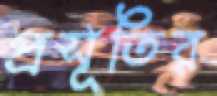
প্রসূতির